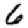
Digit: 6